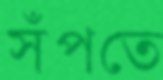
সঁপতে